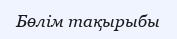
Бөлім тақырыбы